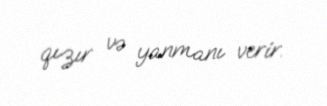
qızır və yanmanı verir.